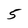
Character: 5